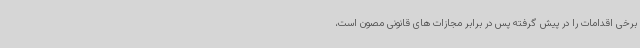
برخی اقدامات را در پیش گرفته پس در برابر مجازات های قانونی مصون است،